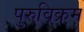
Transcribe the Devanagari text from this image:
पुरुविक्रम